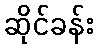
ဆိုင်ခန်း